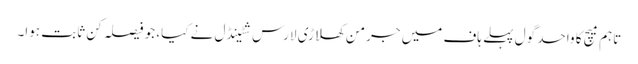
تاہم میچ کا واحد گول پہلے ہاف میں جرمن کھلاڑی لارس شٹینڈل نے کیا، جو فیصلہ کن ثابت ہوا۔